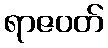
ရာဇဝတ်